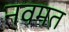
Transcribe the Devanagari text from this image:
नवमत